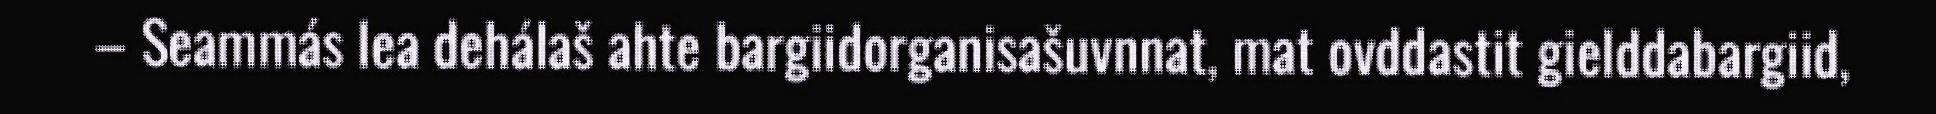
– Seammás lea dehálaš ahte bargiidorganisašuvnnat, mat ovddastit gielddabargiid,